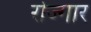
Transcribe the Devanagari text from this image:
रोज्गार